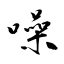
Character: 噪